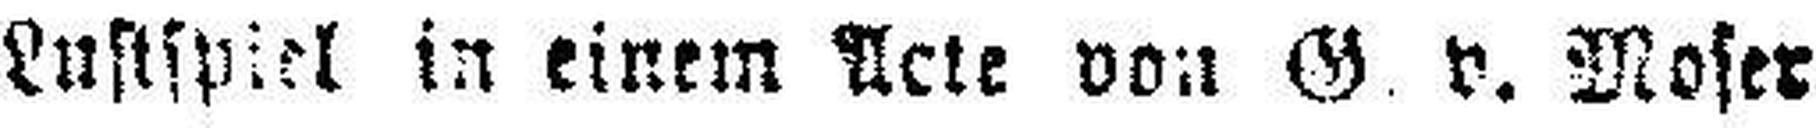
Lustspiel in einem Acte von G. v. Moser